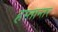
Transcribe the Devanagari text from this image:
हस्तान्तर